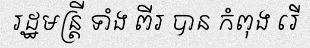
រដ្ឋមន្ត្រី ទាំង ពីរ បាន កំពុង រើ